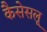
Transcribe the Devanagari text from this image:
कैसेसलू